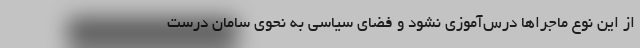
از این نوع ماجراها درس‌آموزی نشود و فضای سیاسی به نحوی سامان درست